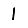
Digit: 1